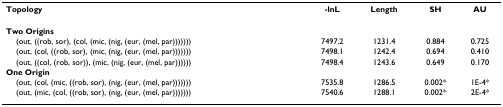
| Topology | -lnL | Length | SH | AU |
 | --- | --- | --- | --- | --- |
 | Two Origins |  |  |  |  |
 | (out, ((rob, sor), (col, (mic, (nig, (eur, (mel, par))))))) | 7497.2 | 1231.4 | 0.884 | 0.725 |
 | (out, (col, ((rob, sor), (mic, (nig, (eur, (mel, par))))))) | 7498.1 | 1242.4 | 0.694 | 0.410 |
 | (out, ((col, (rob, sor)), (mic, (nig, (eur, (mel, par)))))) | 7498.4 | 1243.6 | 0.649 | 0.170 |
 | One Origin |  |  |  |  |
 | (out, (col, (mic, ((rob, sor), (nig, (eur, (mel, par))))))) | 7535.8 | 1286.5 | 0.002* | 1E-4* |
 | (out, (mic, (col, ((rob, sor), (nig, (eur, (mel, par))))))) | 7540.6 | 1288.1 | 0.002* | 2E-4* |